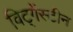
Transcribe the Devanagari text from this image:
विट्गेंस्टीन